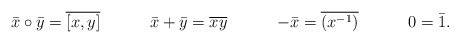
\begin{align*}\bar{x}\circ\bar{y} & = \overline{[x,y]} & \bar{x}+\bar{y}& = \overline{xy} & -\bar{x} & = \overline{(x^{-1})}& 0 & = \bar{1}.\end{align*}